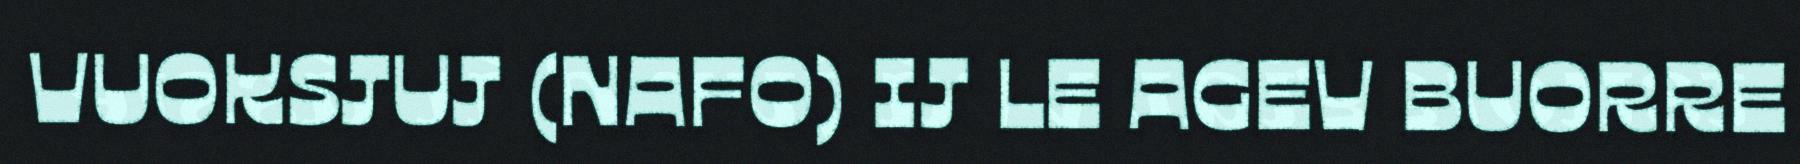
VUOKSJUJ (NAFO) IJ LE AGEV BUORRE